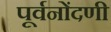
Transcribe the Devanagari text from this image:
पूर्वनोंदणी